Indian journal of veterinary science and animal husbandry - Volumes 24-25, 1954-1955
Year: 1954
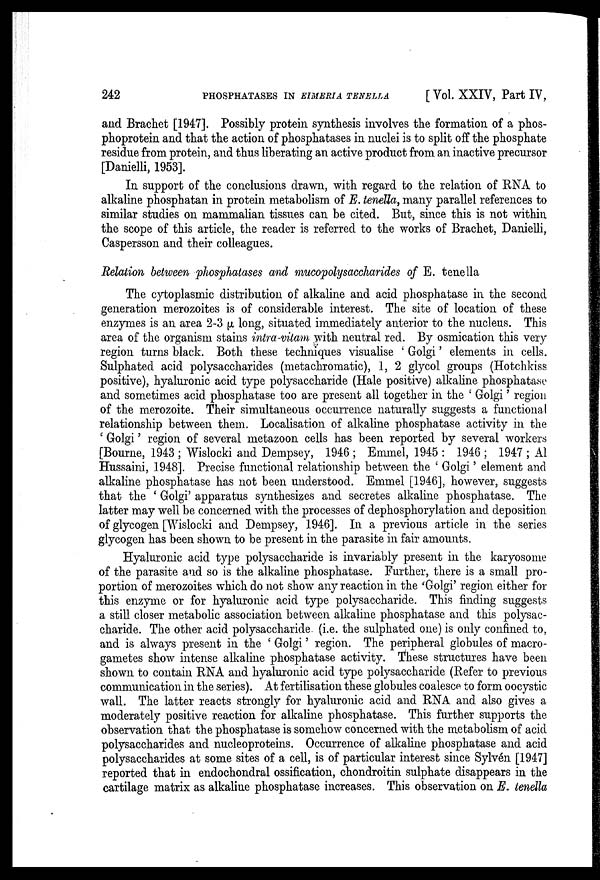
242
PHOSPHATASES IN EIMERIA TENELLA
[ Vol. XXIV, Part IV,
and Brachet [1947]. Possibly protein synthesis involves the formation of a phos-
phoprotein and that the action of phosphatases in nuclei is to split off the phosphate
residue from protein, and thus liberating an active product from an inactive precursor
[Danielli, 1953].
In support of the conclusions drawn, with regard to the relation of RNA to
alkaline phosphatan in protein metabolism of E. tenella, many parallel references to
similar studies on mammalian tissues can be cited. But, since this is not within
the scope of this article, the reader is referred to the works of Brachet, Danielli,
Caspersson and their colleagues.
Relation between phosphatases and mucopolysaccharides of E. tenella
The cytoplasmic distribution of alkaline and acid phosphatase in the second
generation merozoites is of considerable interest. The site of location of these
enzymes is an area 2-3 µ long, situated immediately anterior to the nucleus. This
area of the organism stains intra-vitam with neutral red. By osmication this very
region turns black. Both these techniques visualise ' Golgi ' elements in cells.
Sulphated acid polysaccharides (metachromatic), 1, 2 glycol groups (Hotchkiss
positive), hyaluronic acid type polysaccharide (Hale positive) alkaline phosphatase
and sometimes acid phosphatase too are present all together in the ' Golgi ' region
of the merozoite. Their simultaneous occurrence naturally suggests a functional
relationship between them. Localisation of alkaline phosphatase activity in the
' Golgi ' region of several metazoon cells has been reported by several workers
[Bourne, 1943 ; Wislocki and Dempsey, 1946 ; Emmel, 1945 : 1946 ; 1947 ; Al
Hussaini, 1948]. Precise functional relationship between the ' Golgi ' element and
alkaline phosphatase has not been understood. Emmel [1946], however, suggests
that the ' Golgi' apparatus synthesizes and secretes alkaline phosphatase. The
latter may well be concerned with the processes of dephosphorylation and deposition
of glycogen [Wislocki and Dempsey, 1946]. In a previous article in the series
glycogen has been shown to be present in the parasite in fair amounts.
Hyaluronic acid type polysaccharide is invariably present in the karyosome
of the parasite and so is the alkaline phosphatase. Further, there is a small pro-
portion of merozoites which do not show any reaction in the 'Golgi' region either for
this enzyme or for hyaluronic acid type polysaccharide. This finding suggests
a still closer metabolic association between alkaline phosphatase and this polysac-
charide. The other acid polysaccharide (i.e. the sulphated one) is only confined to,
and is always present in the ' Golgi ' region. The peripheral globules of macro-
gametes show intense alkaline phosphatase activity. These structures have been
shown to contain RNA and hyaluronic acid type polysaccharide (Refer to previous
communication in the series). At fertilisation these globules coalesce to form oocystic
wall. The latter reacts strongly for hyaluronic acid and RNA and also gives a
moderately positive reaction for alkaline phosphatase. This further supports the
observation that the phosphatase is somehow concerned with the metabolism of acid
polysaccharides and nucleoproteins. Occurrence of alkaline phosphatase and acid
polysaccharides at some sites of a cell, is of particular interest since Sylvén [1947]
reported that in endochondral ossification, chondroitin sulphate disappears in the
cartilage matrix as alkaline phosphatase increases. This observation on E. tenella